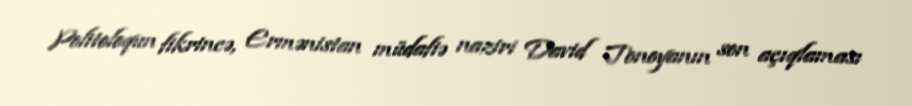
Politoloqun fikrincə, Ermənistan müdafiə naziri David Tonoyanın son açıqlaması